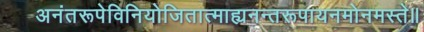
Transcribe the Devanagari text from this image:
अनंतरूपेविनियोजितात्माह्यनन्तरूपायनमोनमस्ते॥